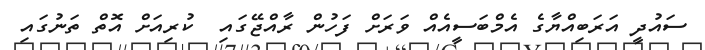
ސައުދީ އަރަބިއްޔާގެ އެމްބަސީއެއް ވަަރަށް ފަހުން ރާއްޖޭގައި  ކުރިއަށް އޮތް ތަނުގައި